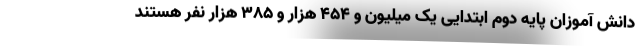
دانش آموزان پایه دوم ابتدایی یک میلیون و ۴۵۴ هزار و ۳۸۵ هزار نفر هستند